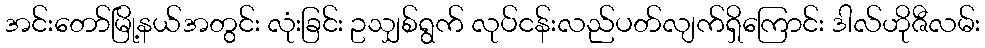
အင်းတော်မြို့နယ်အတွင်း လုံးခြင်း ဥသျှစ်ရွက် လုပ်ငန်းလည်ပတ်လျက်ရှိကြောင်း ဒါလ်ဟိုဇီလမ်း